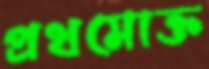
প্রথমোক্ত